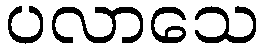
ပလာသေ